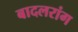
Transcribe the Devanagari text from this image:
बादलरांग